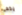
يخفى